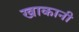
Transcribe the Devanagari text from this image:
खाकानी